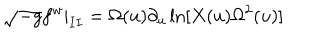
LaTeX: \sqrt { - g } f ^ { w } | _ { I I } = \Omega ( u ) \partial _ { u } \ln [ X ( u ) \Omega ^ { 2 } ( u ) ]